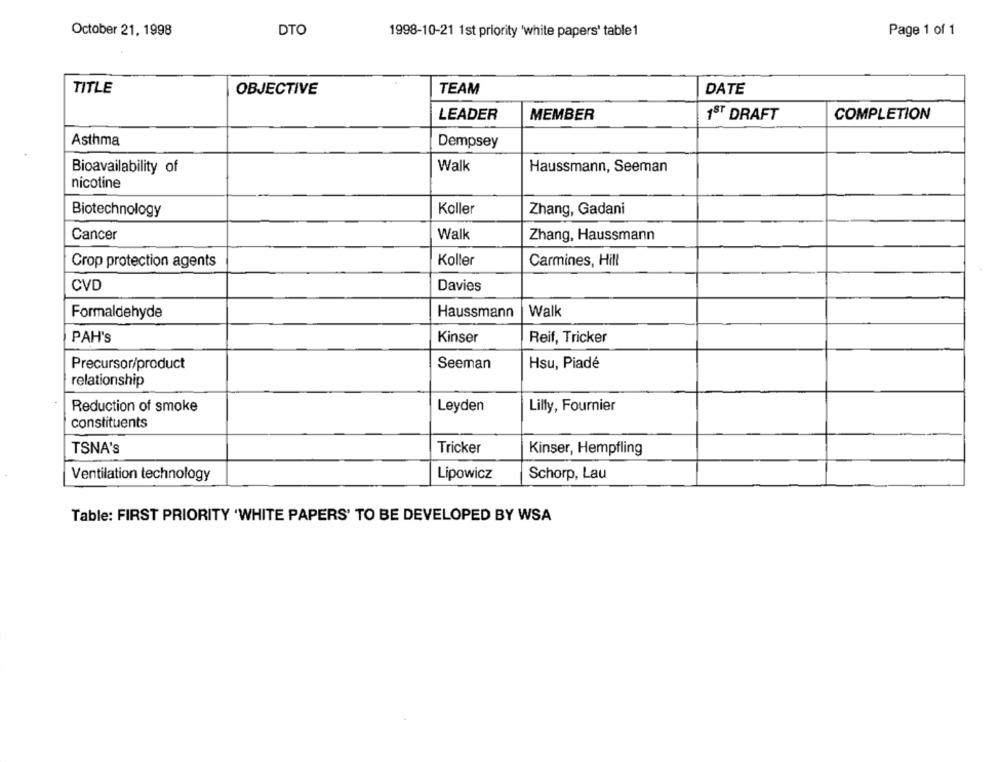
October 21, 1998
DTO
Page 1 of 1
1998-10-21 1st priority 'white papers' table 1
TITLE
OBJECTIVE
TEAM
DATE
LEADER
MEMBER
1ST DRAFT
COMPLETION
Asthma
Dempsey
Walk
Bioavailability of
Haussmann, Seeman
nicotine
Biotechnology
Koller
Zhang, Gadani
Cancer
Walk
Zhang, Haussmann
Crop protection agents
Koller
Carmines, Hill
CVD
Davies
Walk
Formaldehyde
Haussmann
PAH's
Kinser
Reif, Tricker
Precursor/product
Seeman
Hsu, Piadé
relationship
Reduction of smoke
Leyden
Lilly, Fournier
constituents
TSNA's
Tricker
Kinser, Hempfling
Ventilation technology
Lipowicz
Schorp, Lau
Table: FIRST PRIORITY 'WHITE PAPERS' TO BE DEVELOPED BY WSA